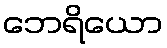
ဘေရိယော